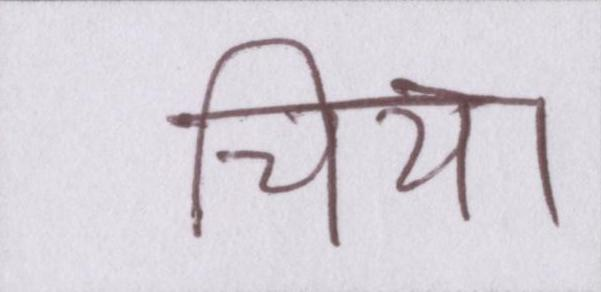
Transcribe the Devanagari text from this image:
चिया